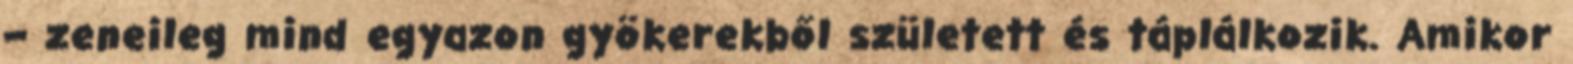
– zeneileg mind egyazon gyökerekből született és táplálkozik. Amikor